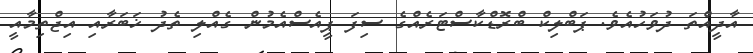
އާދީއްތަ ދުވަހުއެވެ. ޕަބްލިކް ބްރޮޑްކާސްޓަރެއްގެ ސިފަ ޕީއެސްއެމުން ގެއްލި ތެދު ޚަބަރާއި އިޖްތިމާއީ